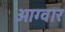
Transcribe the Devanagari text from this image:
आग्वार